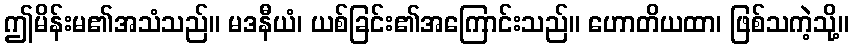
ဤမိန်းမ၏အသံသည်။ မဒနီယံ၊ ယစ်ခြင်း၏အကြောင်းသည်။ ဟောတိယထာ၊ ဖြစ်သကဲ့သို့။